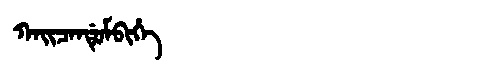
Manchu: ᡴᠠᡳᠴᠠᠨᡩᡠᠮᠪᡳᡥᡝ
Romanization: KAICANDUMBIHE